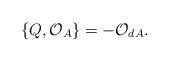
\begin{align*}\{Q,{\cal O}_{A}\}= -{\cal O}_{dA}.\end{align*}